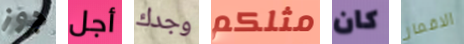
جوز أجل وجدك مثلكم كان الاقمار